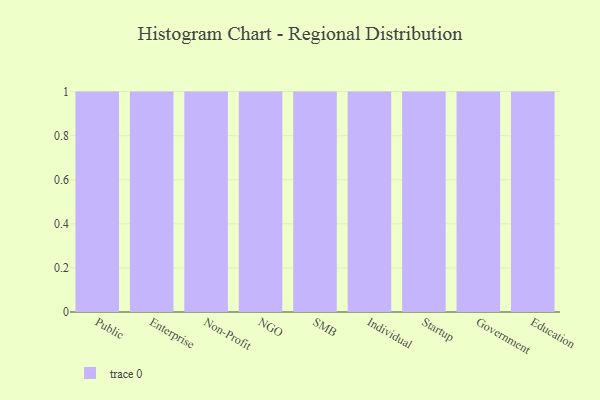
{"axis": {"x": "Segment", "y": "Demand Index"}, "legend": [""], "data": [{"x": "Public", "y": 58, "type": ""}, {"x": "Enterprise", "y": 71, "type": ""}, {"x": "Non-Profit", "y": 96, "type": ""}, {"x": "NGO", "y": 24, "type": ""}, {"x": "SMB", "y": 13, "type": ""}, {"x": "Individual", "y": 84, "type": ""}, {"x": "Startup", "y": 44, "type": ""}, {"x": "Government", "y": 70, "type": ""}, {"x": "Education", "y": 49, "type": ""}]}